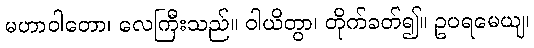
မဟာဝါတော၊ လေကြီးသည်။ ဝါယိတွာ၊ တိုက်ခတ်၍။ ဥပရမေယျ၊